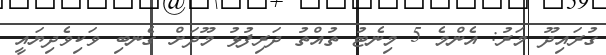
ގުރައިދޫ މަރު: އެންމެ 5 މިނެޓު ތުއްތު ދަރިފުޅު މޫދަށް ގެނބި ވަކިވެދިޔައީ